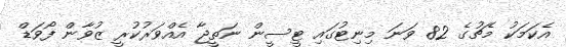
އެކަމަކު މެޗުގެ 82 ވަނަ މިނިޓުގައި ޓީސީން ނަތީޖާ އެއްވަރުކުރީ ޒުވާން ފޯވަޑް